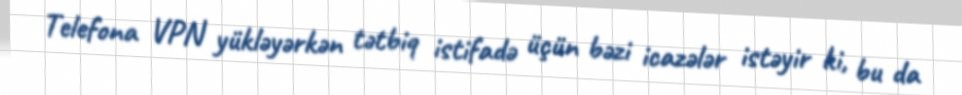
Telefona VPN yükləyərkən tətbiq istifadə üçün bəzi icazələr istəyir ki, bu da